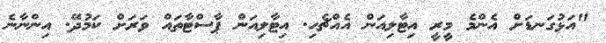
"އަޅުގަނޑަށް އެންމެ މީރީ އިޓާލިއަން އެއްޗެހި. އިޓާލިއަން ޕާސްޓާތައް ވަރަށް ކަމުދޭ. އިންނާނެ